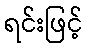
ရင်းဖြင့်